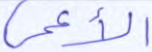
الأعمى